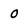
Character: 0